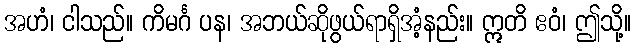
အဟံ၊ ငါသည်။ ကိမင်္ဂ ပန၊ အဘယ်ဆိုဖွယ်ရာရှိအံ့နည်း။ ဣတိ ဧဝံ၊ ဤသို့။